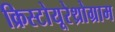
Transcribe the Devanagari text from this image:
क्रिस्टोयूरेथ्रोग्राम